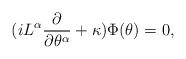
LaTeX: \begin{align*}(iL^{\alpha}{\partial\over\partial\theta^{\alpha}}+\kappa)\Phi(\theta)=0,\end{align*}